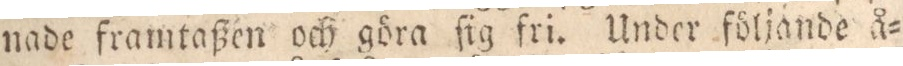
nade framtaßen och göra ſig fri. Under följande å=